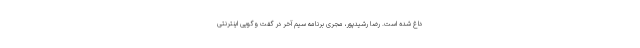
داغ شده است. رضا رشیدپور، مجری برنامه سیم آخر در گفت وگویی اینترنتی